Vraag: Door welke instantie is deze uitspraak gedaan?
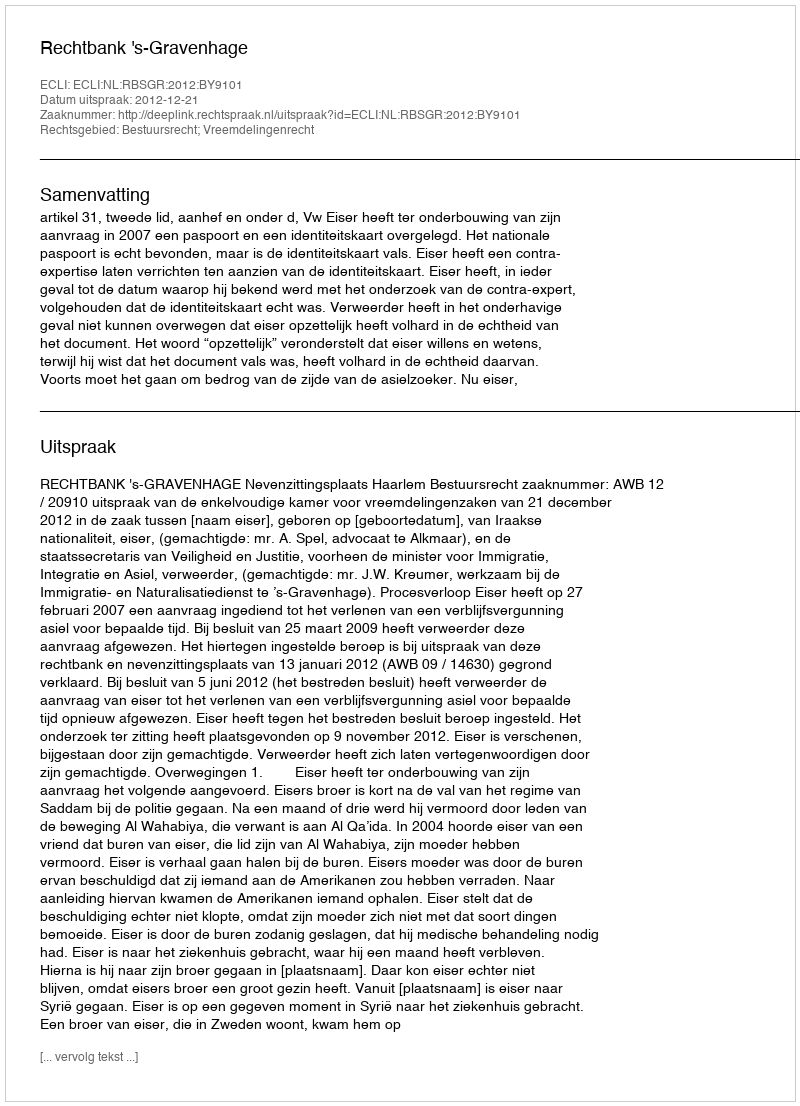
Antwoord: Rechtbank 's-Gravenhage